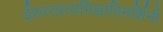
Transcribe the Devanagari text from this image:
ईश्वरप्रत्यभिज्ञाविमर्शिनी